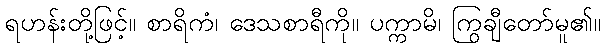
ရဟန်းတို့ဖြင့်။ စာရိကံ၊ ဒေသစာရီကို။ ပက္ကာမိ၊ ကြွချီတော်မူ၏။